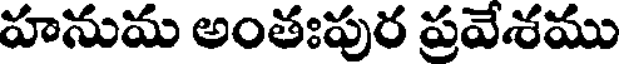
హనుమ అంతఃపుర ప్రవేశము